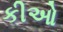
કીઓ